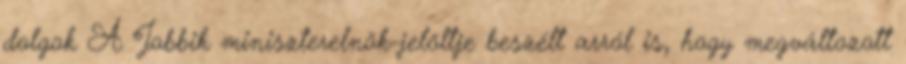
dolgok A Jobbik miniszterelnök-jelöltje beszélt arról is, hogy megváltozott